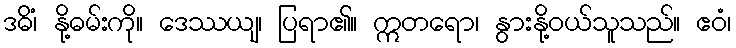
ဒဓိံ၊ နို့ဓမ်းကို။ ဒေဿယျ၊ ပြရာ၏။ ဣတရော၊ နွားနို့ဝယ်သူသည်။ ဧဝံ၊